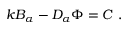
k B _ { \alpha } - D _ { \alpha } \Phi = { \cal C } \mathrm { ~ . }